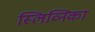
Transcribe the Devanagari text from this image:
स्लिव्निका